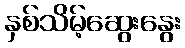
နှစ်သိမ့်ဆွေးနွေး